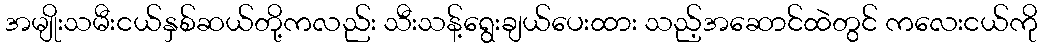
အမျိုးသမီးငယ်နှစ်ဆယ်တို့ကလည်း သီးသန့်ရွေးချယ်ပေးထား သည့်အဆောင်ထဲတွင် ကလေးငယ်ကို